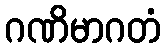
ဂဏိမာဂတံ